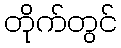
တိုက်တွင်